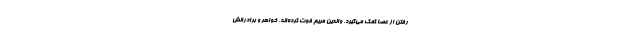
رفتن از عصا کمک می‌گیرد. والدین مریم فوت کرده‌اند، خواهر و برادرانش